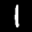
Label: 1